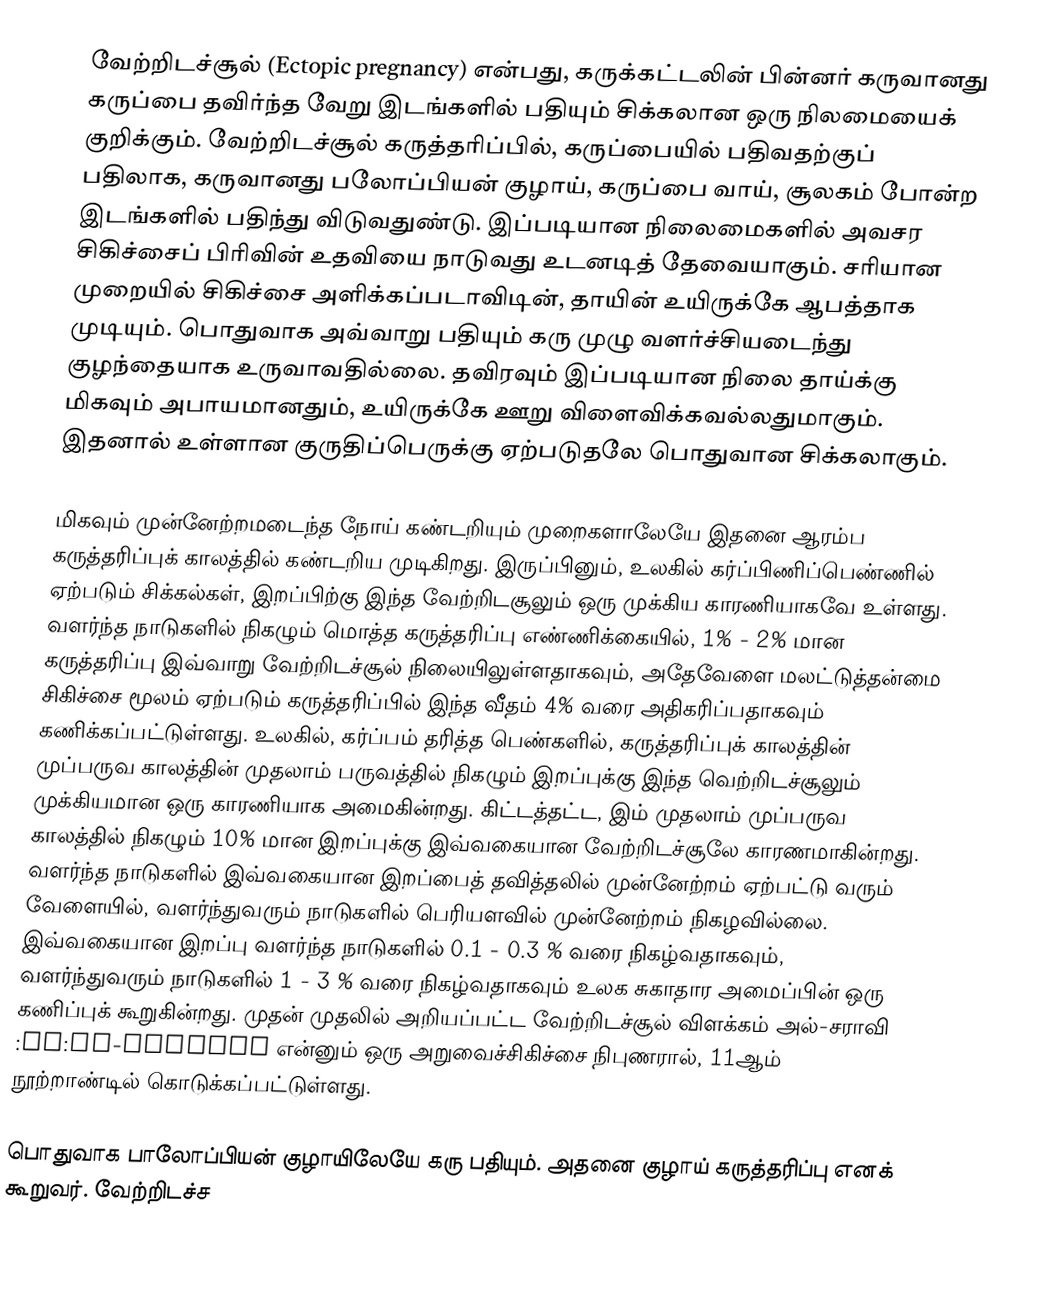
வேற்றிடச்சூல் (Ectopic pregnancy) என்பது, கருக்கட்டலின் பின்னர் கருவானது கருப்பை தவிர்ந்த வேறு இடங்களில் பதியும் சிக்கலான ஒரு நிலமையைக் குறிக்கும். வேற்றிடச்சூல் கருத்தரிப்பில், கருப்பையில் பதிவதற்குப் பதிலாக, கருவானது பலோப்பியன் குழாய், கருப்பை வாய், சூலகம் போன்ற இடங்களில் பதிந்து விடுவதுண்டு. இப்படியான நிலைமைகளில் அவசர சிகிச்சைப் பிரிவின் உதவியை நாடுவது உடனடித் தேவையாகும். சரியான முறையில் சிகிச்சை அளிக்கப்படாவிடின், தாயின் உயிருக்கே ஆபத்தாக முடியும். பொதுவாக அவ்வாறு பதியும் கரு முழு வளர்ச்சியடைந்து குழந்தையாக உருவாவதில்லை. தவிரவும் இப்படியான நிலை தாய்க்கு மிகவும் அபாயமானதும், உயிருக்கே ஊறு விளைவிக்கவல்லதுமாகும். இதனால் உள்ளான குருதிப்பெருக்கு ஏற்படுதலே பொதுவான சிக்கலாகும்.

மிகவும் முன்னேற்றமடைந்த நோய் கண்டறியும் முறைகளாலேயே இதனை ஆரம்ப கருத்தரிப்புக் காலத்தில் கண்டறிய முடிகிறது. இருப்பினும், உலகில் கர்ப்பிணிப்பெண்ணில் ஏற்படும் சிக்கல்கள், இறப்பிற்கு இந்த வேற்றிடசூலும் ஒரு முக்கிய காரணியாகவே உள்ளது. வளர்ந்த நாடுகளில் நிகழும் மொத்த கருத்தரிப்பு எண்ணிக்கையில், 1% - 2% மான கருத்தரிப்பு இவ்வாறு வேற்றிடச்சூல் நிலையிலுள்ளதாகவும், அதேவேளை மலட்டுத்தன்மை சிகிச்சை மூலம் ஏற்படும் கருத்தரிப்பில் இந்த வீதம் 4% வரை அதிகரிப்பதாகவும் கணிக்கப்பட்டுள்ளது. உலகில், கர்ப்பம் தரித்த பெண்களில், கருத்தரிப்புக் காலத்தின் முப்பருவ காலத்தின் முதலாம் பருவத்தில் நிகழும் இறப்புக்கு இந்த வெற்றிடச்சூலும் முக்கியமான ஒரு காரணியாக அமைகின்றது. கிட்டத்தட்ட, இம் முதலாம் முப்பருவ காலத்தில் நிகழும் 10% மான இறப்புக்கு இவ்வகையான வேற்றிடச்சூலே காரணமாகின்றது. வளர்ந்த நாடுகளில் இவ்வகையான இறப்பைத் தவித்தலில் முன்னேற்றம் ஏற்பட்டு வரும் வேளையில், வளர்ந்துவரும் நாடுகளில் பெரியளவில் முன்னேற்றம் நிகழவில்லை. இவ்வகையான இறப்பு வளர்ந்த நாடுகளில்  0.1 - 0.3 % வரை நிகழ்வதாகவும், வளர்ந்துவரும் நாடுகளில் 1 - 3 % வரை நிகழ்வதாகவும் உலக சுகாதார அமைப்பின் ஒரு கணிப்புக் கூறுகின்றது. முதன் முதலில் அறியப்பட்ட வேற்றிடச்சூல் விளக்கம் அல்-சராவி :en:Al-Zahrawi என்னும் ஒரு அறுவைச்சிகிச்சை நிபுணரால், 11ஆம் நூற்றாண்டில் கொடுக்கப்பட்டுள்ளது.

பொதுவாக பாலோப்பியன் குழாயிலேயே கரு பதியும். அதனை குழாய் கருத்தரிப்பு எனக் கூறுவர். வேற்றிடச்ச